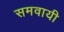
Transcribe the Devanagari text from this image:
समवायी